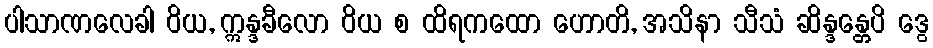
ပါသာဏလေခါ ဝိယ, ဣန္ဒခီလော ဝိယ စ ထိရကထော ဟောတိ, အသိနာ သီသံ ဆိန္ဒန္တေပိ ဒွေ